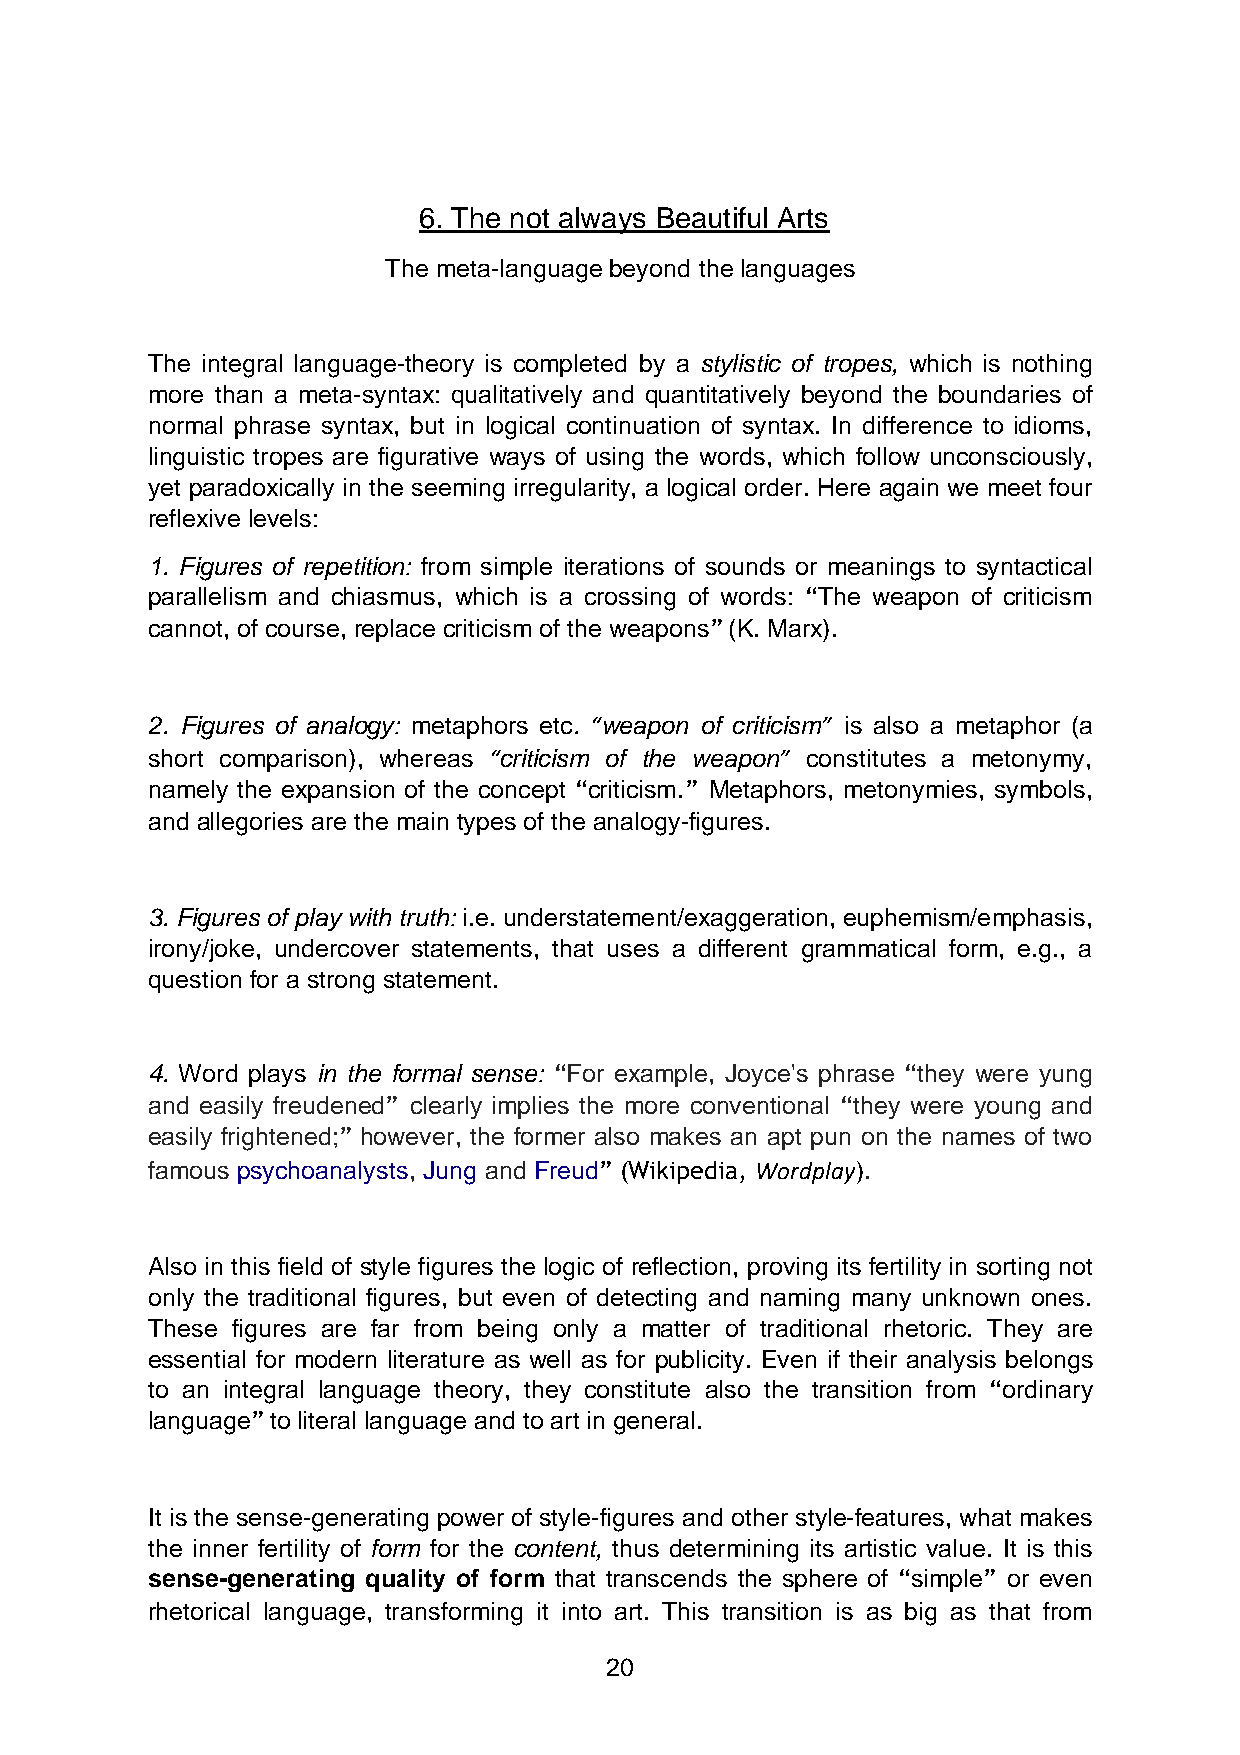
6. The not always Beautiful Arts
 The meta-language beyond the languages
 The integral language-theory is completed by a stylistic of tropes, which is nothing
 more than a meta-syntax: qualitatively and quantitatively beyond the boundaries of
 normal phrase syntax, but in logical continuation of syntax. In difference to idioms,
 linguistic tropes are figurative ways of using the words, which follow unconsciously,
 yet paradoxically in the seeming irregularity, a logical order. Here again we meet four
 reflexive levels:
 1. Figures of repetition: from simple iterations of sounds or meanings to syntactical
 parallelism and chiasmus, which is a crossing of words: “The weapon of criticism
 cannot, of course, replace criticism of the weapons” (K. Marx).
 2. Figures of analogy: metaphors etc. “weapon of criticism” is also a metaphor (a
 short comparison), whereas “criticism of the weapon” constitutes a metonymy,
 namely the expansion of the concept “criticism.” Metaphors, metonymies, symbols,
 and allegories are the main types of the analogy-figures.
 3. Figures of play with truth: i.e. understatement/exaggeration, euphemism/emphasis,
 irony/joke, undercover statements, that uses a different grammatical form, e.g., a
 question for a strong statement.
 4. Word plays in the formal sense: “For example, Joyce's phrase “they were yung
 and easily freudened” clearly implies the more conventional “they were young and
 easily frightened;” however, the former also makes an apt pun on the names of two
 famous psychoanalysts, Jung and Freud” (Wikipedia, Wordplay).
 Also in this field of style figures the logic of reflection, proving its fertility in sorting not
 only the traditional figures, but even of detecting and naming many unknown ones.
 These figures are far from being only a matter of traditional rhetoric. They are
 essential for modern literature as well as for publicity. Even if their analysis belongs
 to an integral language theory, they constitute also the transition from “ordinary
 language” to literal language and to art in general.
 It is the sense-generating power of style-figures and other style-features, what makes
 the inner fertility of form for the content, thus determining its artistic value. It is this
 sense-generating quality of form that transcends the sphere of “simple” or even
 rhetorical language, transforming it into art. This transition is as big as that from
 20